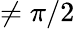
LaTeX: \neq\pi/2